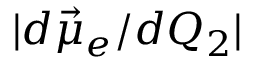
| d \vec { \mu } _ { e } / d Q _ { 2 } |